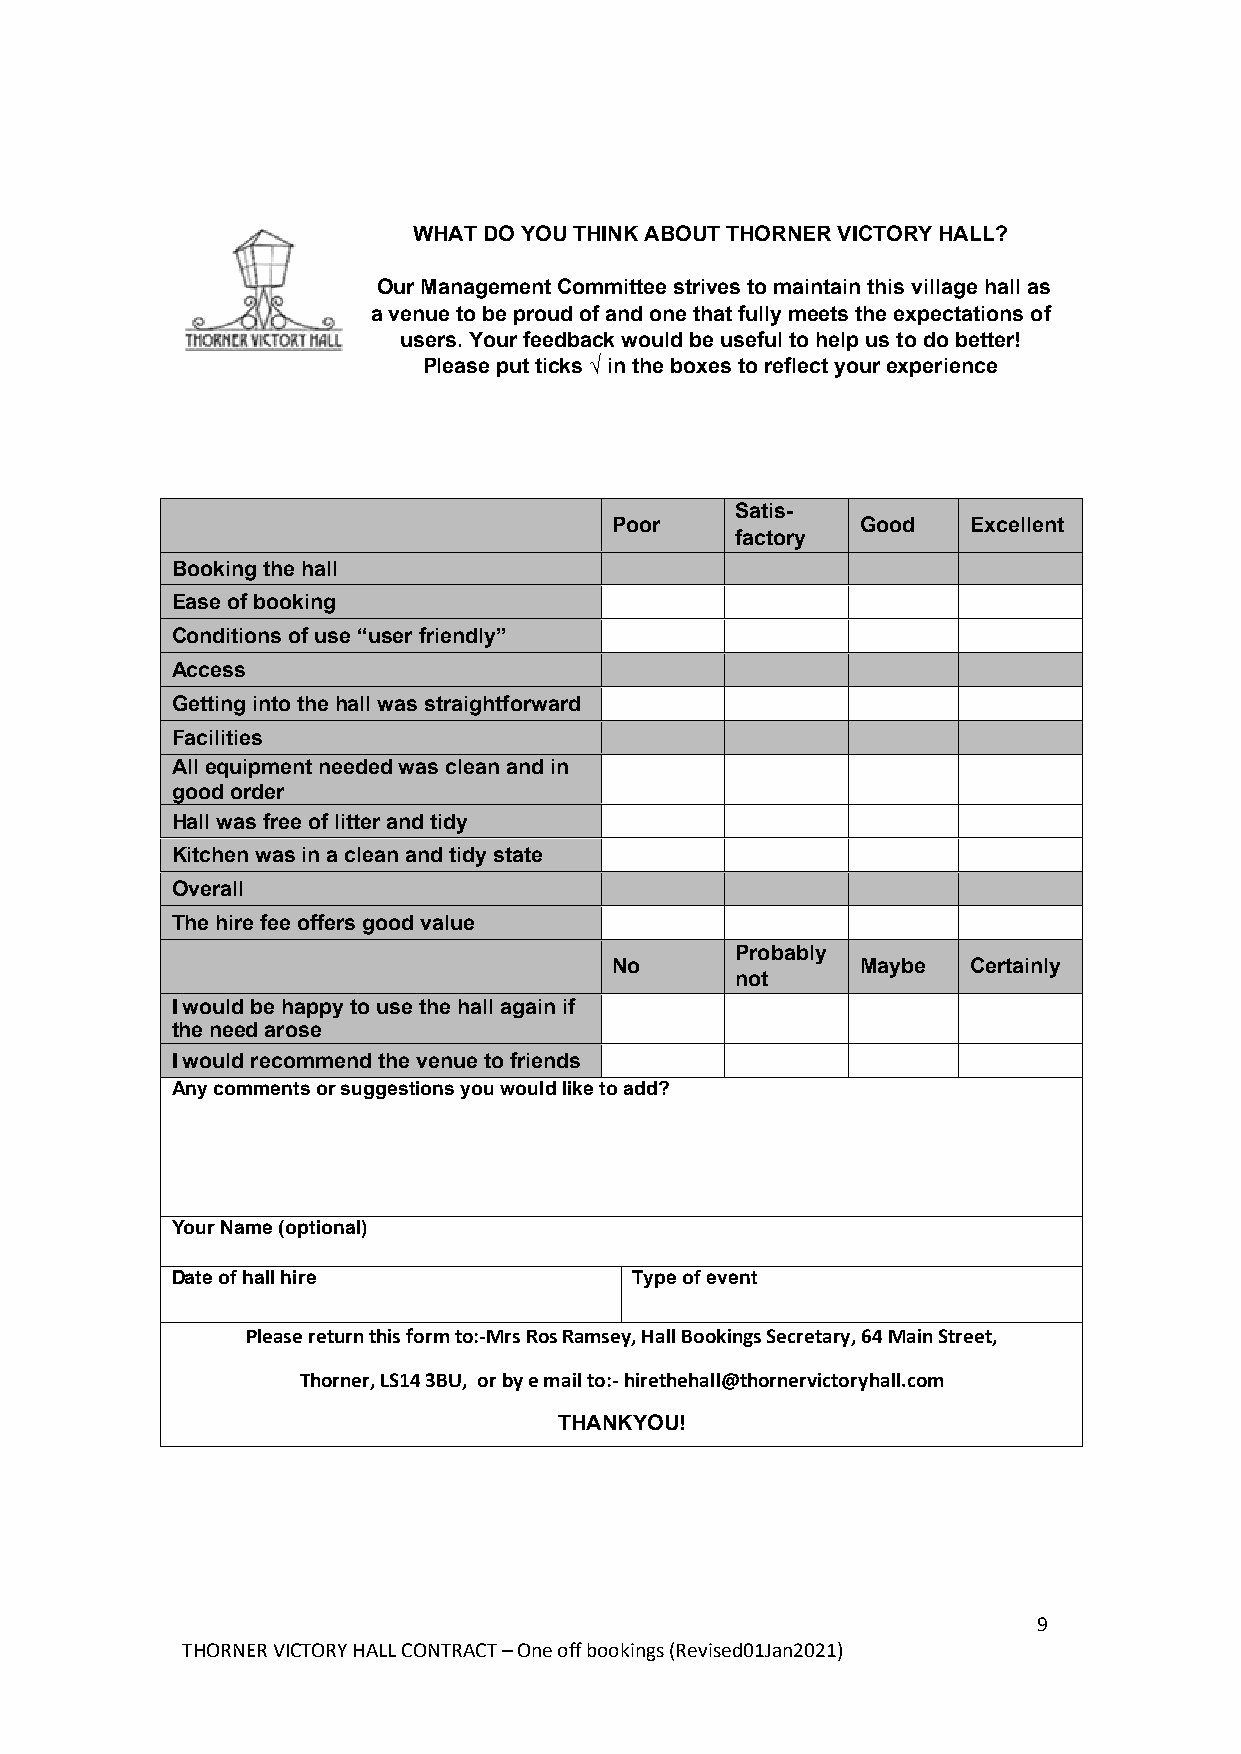
WHAT DO YOU THINK ABOUT THORNER VICTORY HALL?
 Our Management Committee strives to maintain this village hall as
 a venue to be proud of and one that fully meets the expectations of
 users. Your feedback would be useful to help us to do better!
 Please put ticks √ in the boxes to reflect your experience
 Satis-
 Poor             Good   Excellent
 factory
 Booking the hall
 Ease of booking
 Conditions of use “user friendly”
 Access
 Getting into the hall was straightforward
 Facilities
 All equipment needed was clean and in
 good order
 Hall was free of litter and tidy
 Kitchen was in a clean and tidy state
 Overall
 The hire fee offers good value
 Probably
 No               Maybe  Certainly
 not
 I would be happy to use the hall again if
 the need arose
 I would recommend the venue to friends
 Any comments or suggestions you would like to add?
 Your Name (optional)
 Date of hall hire              Type of event
 Please return this form to:-Mrs Ros Ramsey, Hall Bookings Secretary, 64 Main Street,
 Thorner, LS14 3BU, or by e mail to:- hirethehall@thornervictoryhall.com
 THANKYOU!
 9
 THORNER VICTORY HALL CONTRACT – One off bookings (Revised01Jan2021)